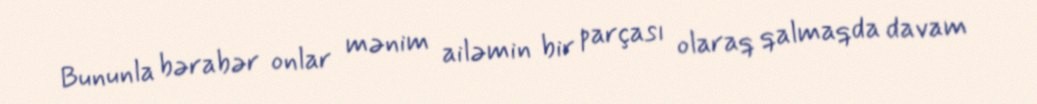
Bununla bərabər onlar mənim ailəmin bir parçası olaraq qalmaqda davam